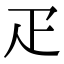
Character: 疋